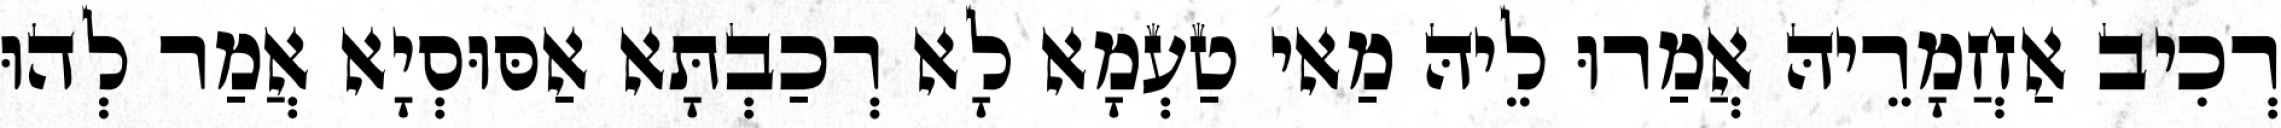
רְכִיב אַחֲמָרֵיהּ אֲמַרוּ לֵיהּ מַאי טַעְמָא לָא רְכַבְתָּא אַסּוּסְיָא אֲמַר לְהוּ